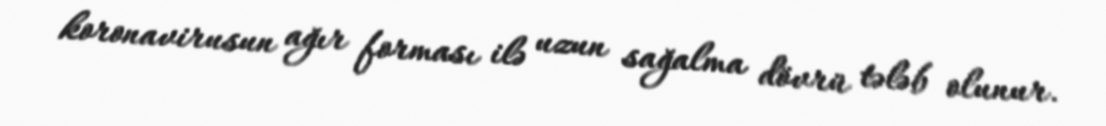
koronavirusun ağır forması ilə uzun sağalma dövrü tələb olunur.